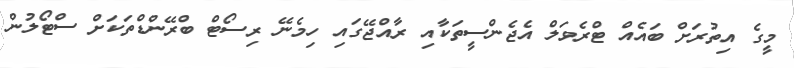
މީގެ އިތުރަށް ބައެއް ޓްރެވަލް އެޖެންސީތަކާއި ރާއްޖޭގައި ހިމެނޭ ރިސޯޓް ބްރޭންޑްތަކަށް ސްޓޯލުން